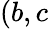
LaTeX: (b,c